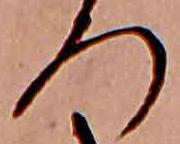
ろ